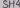
Text: SH4